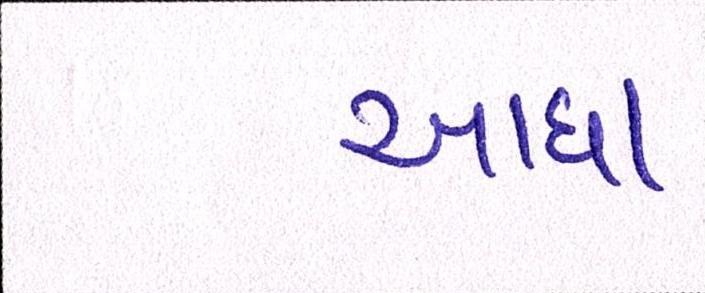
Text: ખાધા